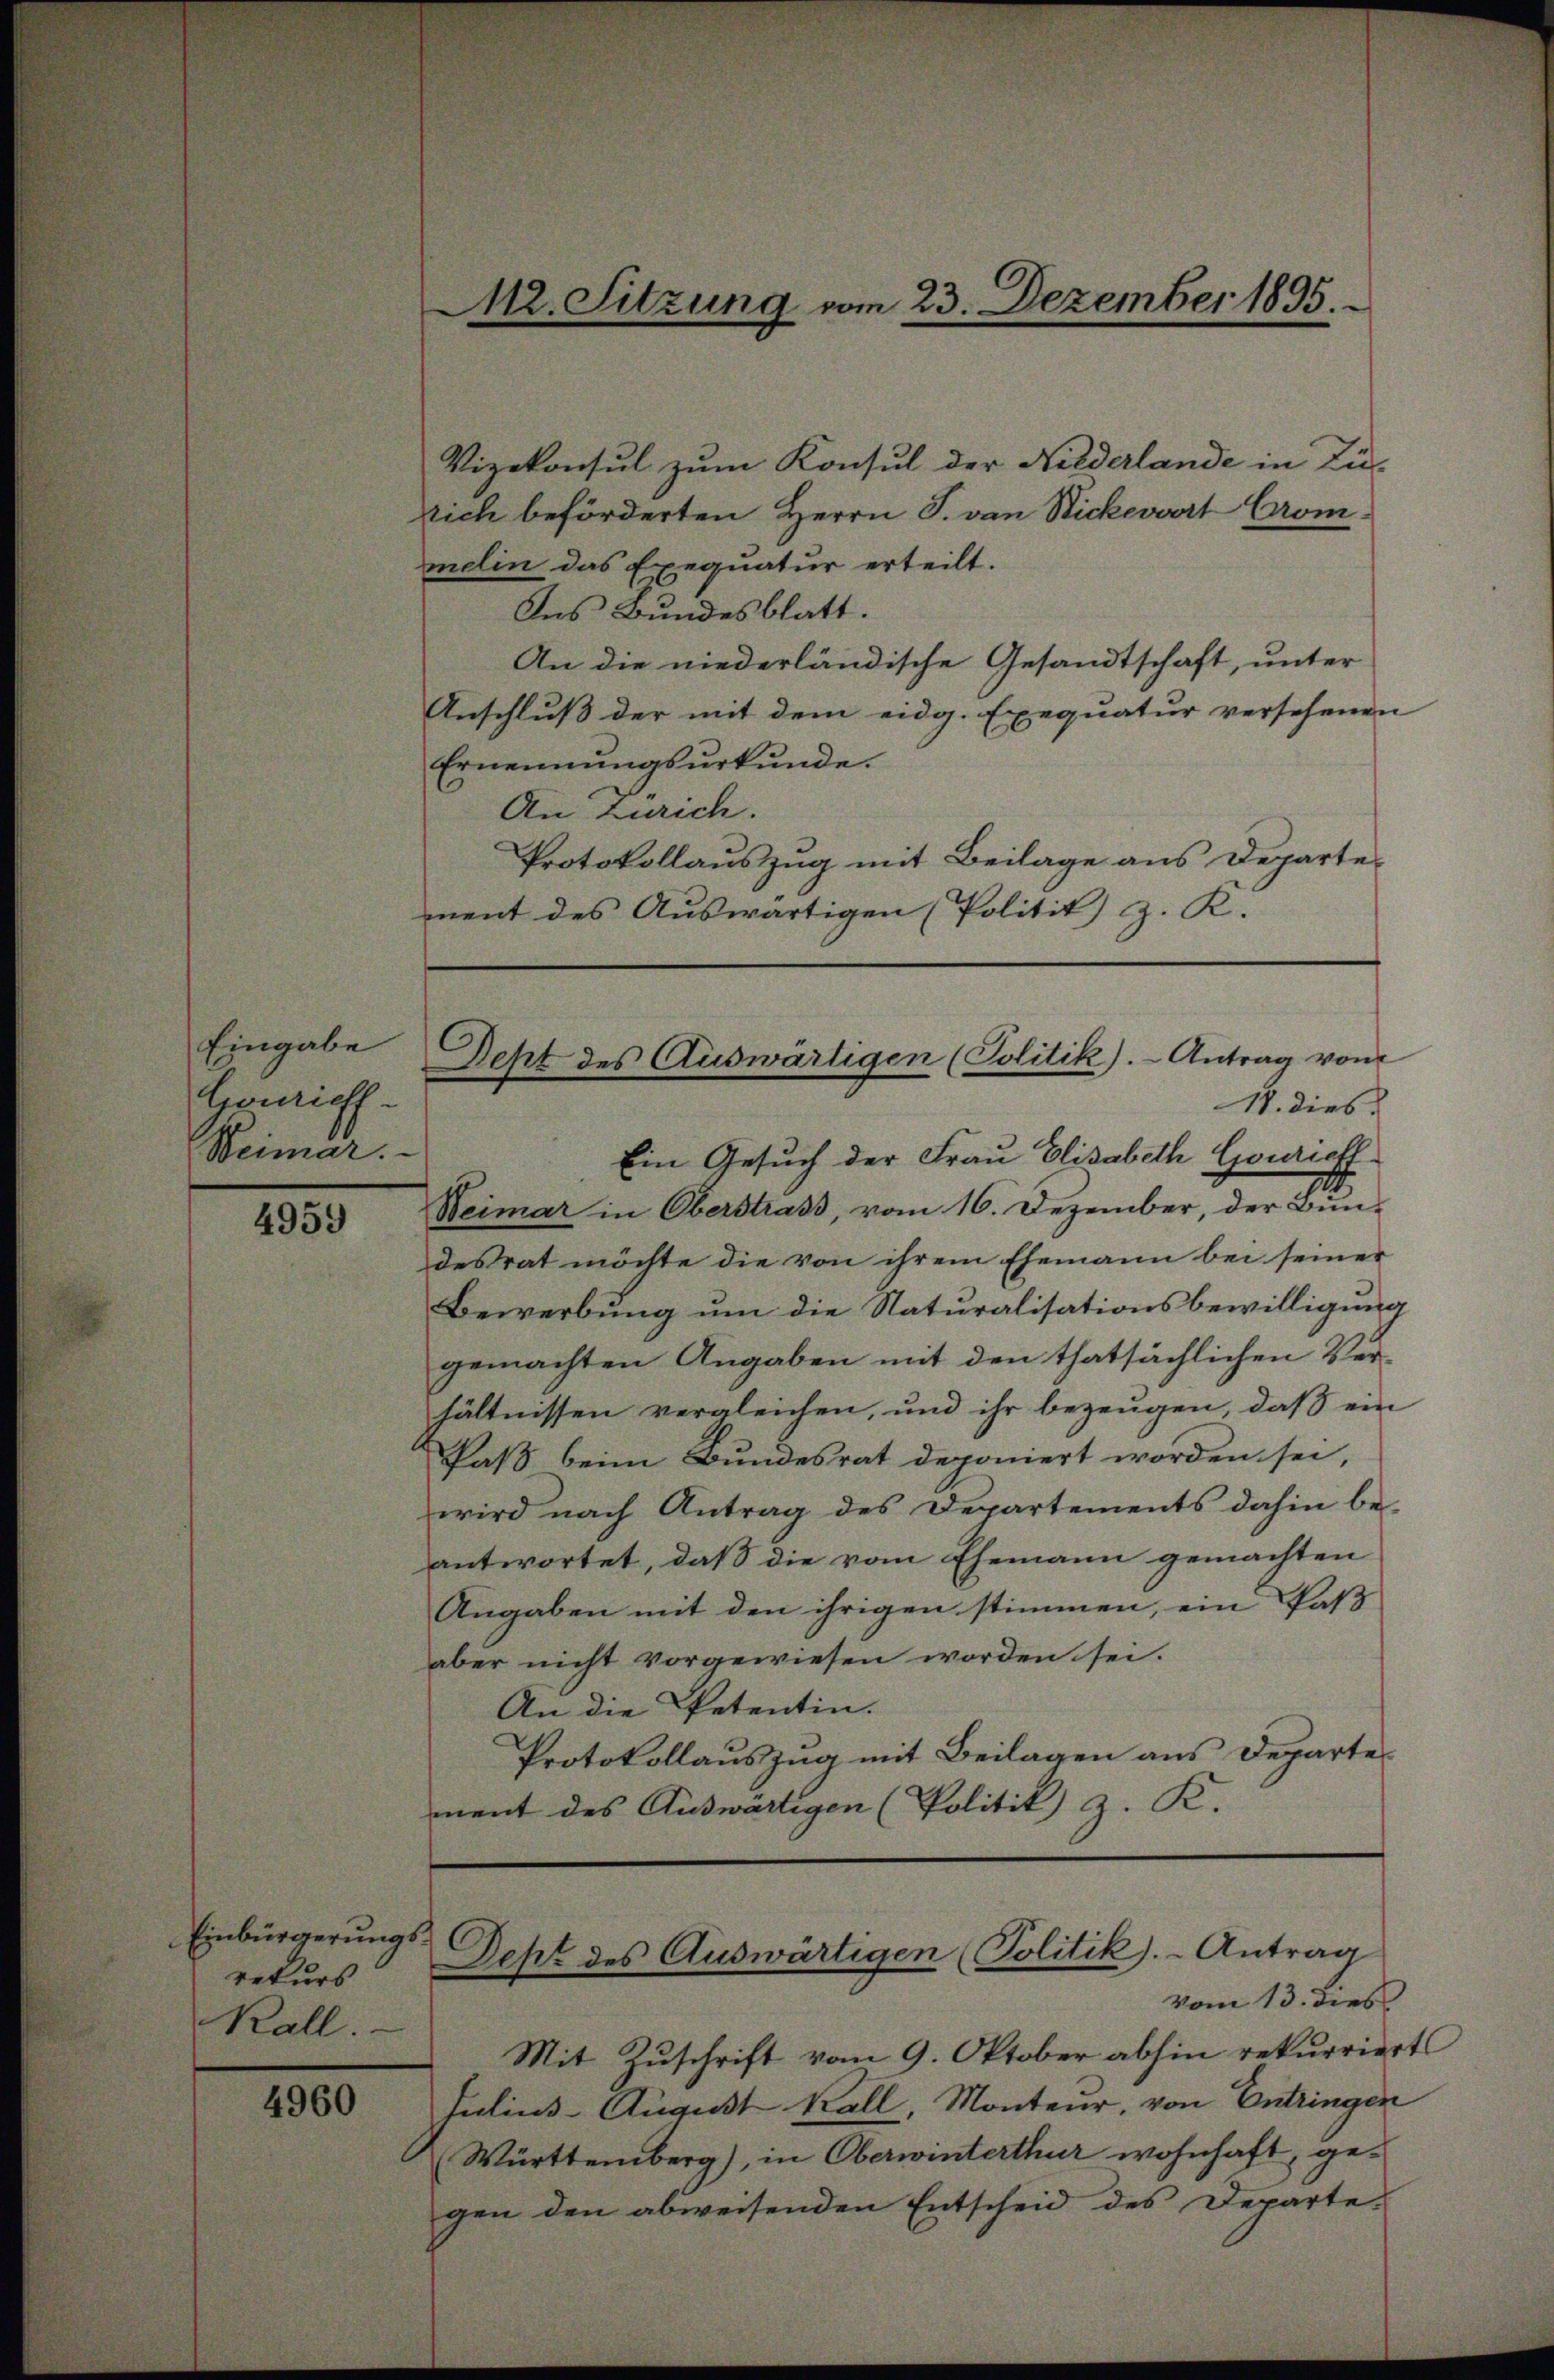
Eingabe
Courieff
Weimar.

4959

Einbürgerungsrekurs
Kall.

4960

Vizekonsul zum Konsul der Niederlande in Zu-
rich beförderten Herrn J. von Nickevvert Crom
melin das Exequatur erteilt.
Ins Bundesblatt.
An die niederländische Gesandtschaft, unter
Anschluß der mit dem eidg. Exequatur versehenen
Ernennungsurkunde.
An Zürich.
Protokollauszug mit Beilage aus Departement des Auswärtigen (Politik z. K.

Ein Gesuch der Frau Elisabeth Couriell
1
Weimar in Oberstrass, vom 16. Dezember, der Bun-
desrat möchte die von ihrem Ehemann bei seiner
Bewerbung um die Naturalisationsbewilligung
gemachten Angaben mit den thatsächlichen Verhältnissen vergleichen, und ihr bezeugen, daß ein
Paß beim Bundesrat deponiert worden sei,
wird nach Antrag des Departements dahin be-
antwortet, daß die vom Ehemann gemachten
Angaben mit den ihrigen stimmen, ein Pass
aber nicht vorgewiesen worden sei.
An die Petentin.
Protokollauszug mit Beilagen aus Departement des Auswärtigen (Politik z. R.

M2. Sitzung vom 23. Dezember 1895.

Dept des Auswärtigen (Politik).- Antrag vom
18. dies

Dept des Auswärtigen (Politik).- Antrag

vom 13. dies

Mit Zuschrift vom 9. Oktober abhin rekurriert
Julius-August Kall, Monteur, von Entringen
(Württemberg), in Oberwinterthur wohnhaft, gegen den abweisenden Entscheid des Departe-